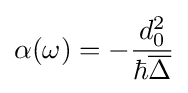
\alpha (\omega )=-{\frac {d_{0}^{2}}{\hbar {\overline {\Delta }}}}